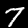
Label: 7